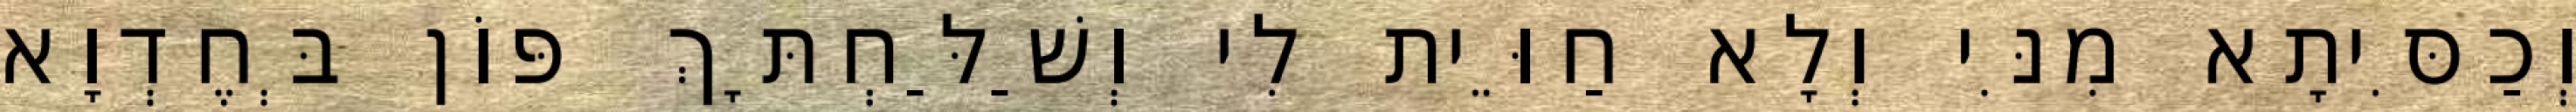
וְכַסִּיתָא מִנִּי וְלָא חַוֵּית לִי וְשַׁלַּחְתָּךְ פּוֹן בְּחֶדְוָא